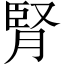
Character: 腎